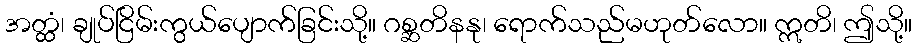
အတ္ထံ၊ ချုပ်ငြိမ်းကွယ်ပျောက်ခြင်းသို့။ ဂစ္ဆတိနနု၊ ရောက်သည်မဟုတ်လော။ ဣတိ၊ ဤသို့။